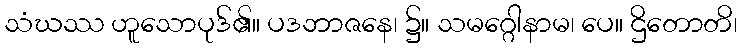
သံဃဿ ဟူသောပုဒ်၏။ ပဒဘာဇနေ၊ ၌။ သမဂ္ဂေါနာမ၊ ပေ။ ဌိတောတိ၊